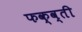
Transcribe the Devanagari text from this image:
फक्व्ती